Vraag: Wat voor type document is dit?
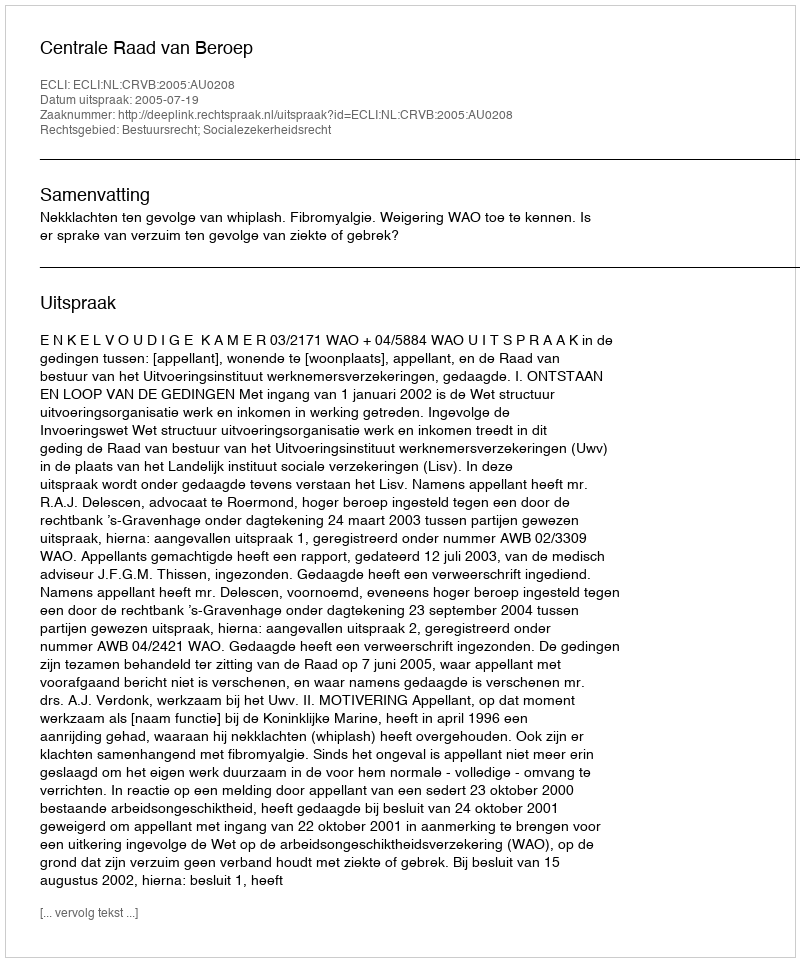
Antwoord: Uitspraak